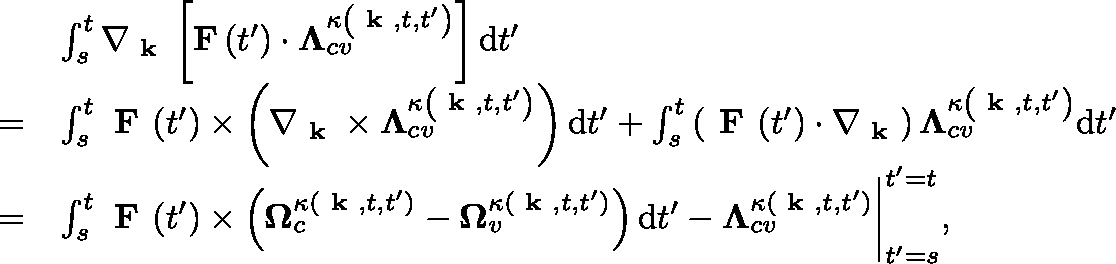
\begin{array} { r l } & { \int _ { s } ^ { t } \nabla _ { \textbf { k } } \left[ \mathbf { F } \left( t ^ { \prime } \right) \cdot \mathbf { \Lambda } _ { c v } ^ { \kappa \left( \textbf { k } , t , t ^ { \prime } \right) } \right] \mathrm { d } t ^ { \prime } } \\ { = } & { \int _ { s } ^ { t } \textbf { F } ( t ^ { \prime } ) \times \left( \nabla _ { \textbf { k } } \times \mathbf { \Lambda } _ { c v } ^ { \kappa \left( \textbf { k } , t , t ^ { \prime } \right) } \right) \mathrm { d } t ^ { \prime } + \int _ { s } ^ { t } \left( \textbf { F } ( t ^ { \prime } ) \cdot \nabla _ { \textbf { k } } \right) \mathbf { \Lambda } _ { c v } ^ { \kappa \left( \textbf { k } , t , t ^ { \prime } \right) } \mathrm { d } t ^ { \prime } } \\ { = } & { \int _ { s } ^ { t } \textbf { F } ( t ^ { \prime } ) \times \left( \mathbf { \Omega } _ { c } ^ { \kappa ( \textbf { k } , t , t ^ { \prime } ) } - \mathbf { \Omega } _ { v } ^ { \kappa ( \textbf { k } , t , t ^ { \prime } ) } \right) \mathrm { d } t ^ { \prime } - \mathbf { \Lambda } _ { c v } ^ { \kappa ( \textbf { k } , t , t ^ { \prime } ) } \bigg | _ { t ^ { \prime } = s } ^ { t ^ { \prime } = t } , } \end{array}